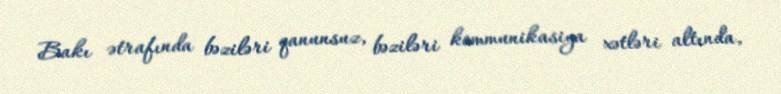
Bakı ətrafında bəziləri qanunsuz, bəziləri kommunikasiya xətləri altında,